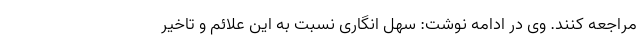
مراجعه کنند. وی در ادامه نوشت: سهل انگاری نسبت به این علائم و تاخیر